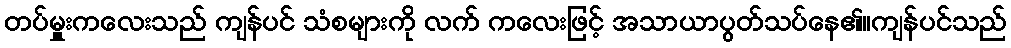
တပ်မှူးကလေးသည် ကျန်ပင် သံစများကို လက် ကလေးဖြင့် အသာယာပွတ်သပ်နေ၏။ကျန်ပင်သည်